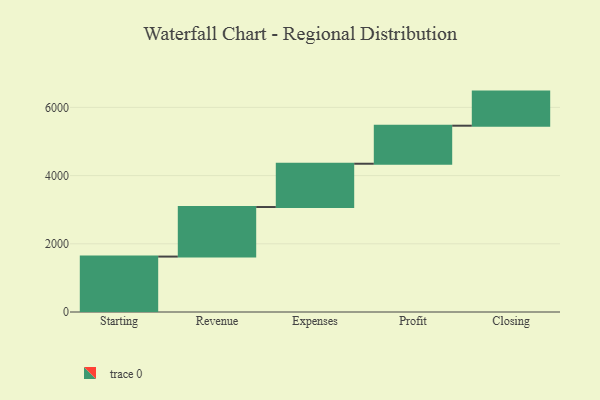
{"axis": {"x": "Step", "y": "Value"}, "legend": [""], "data": [{"x": "Starting", "y": 1625.0, "type": ""}, {"x": "Revenue", "y": 1453.0, "type": ""}, {"x": "Expenses", "y": 1270.0, "type": ""}, {"x": "Profit", "y": 1115.0, "type": ""}, {"x": "Closing", "y": 1000, "type": ""}]}